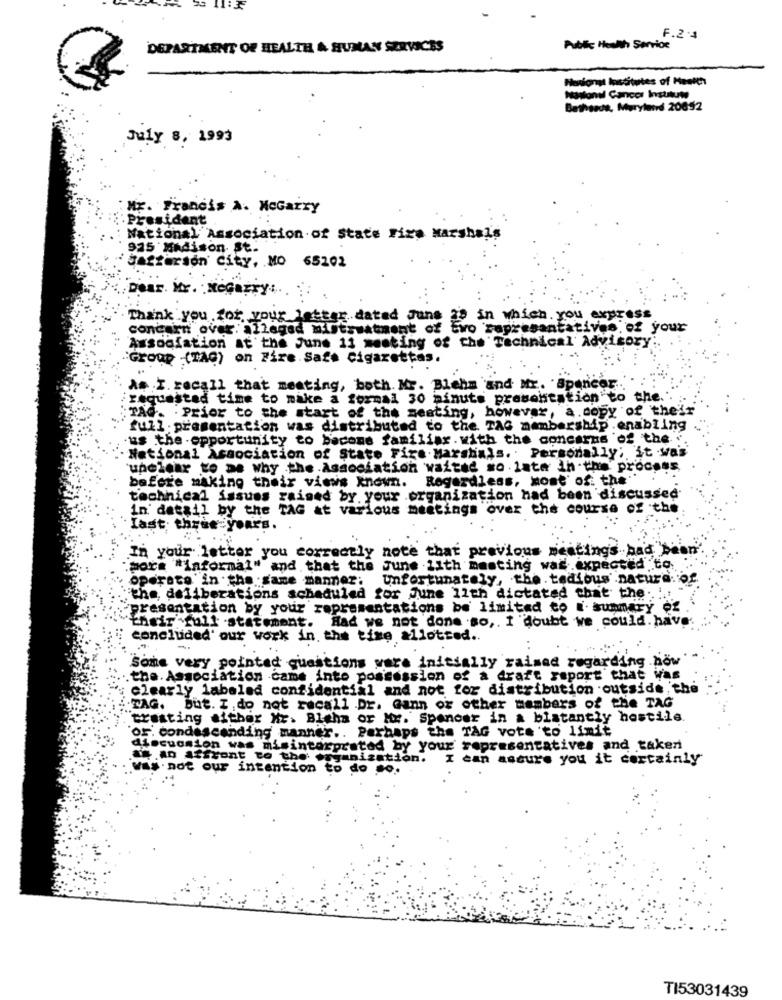
Il:32
F.2.4
DEPARTMENT OF HEALTH & HUMAN SERVICES
Public Health Service
Minionat Institutes of Health
Bathsede, Maryland 20092
July 8, 1993
ME. Francis A. McGarry
President
National Association of State Fire Marshals
925 Madison. St.
Jefferson City, MO 65202
Dear. Hr. NeGarry ...
Thank you for your letter dated June
in which you express
concarn over: alleged mistreatment of two representatives of your
Association at the June 11 meeting of che Technical Advisory:
Group (TAG) on Fire. Safe Cigarettas.
As I. recall that meeting, both. Mr. Blehm and Mr. Spencer ..
requested time to make a formal 30 minuts presentation to the.
TAG. Prior to the start of the meating, however, a copy of their
full. presentation was distributed to the TAG membership .enabling
.us the . opportunity to become familiar. with the concarne of the ".
National Association of State Fire Marshals. Personally; it was
unclear to me why the Association waited so late in the process.
before making their views known. Regardless, most of: the''
technical issues raised by your organization had been discussed.
in detail by the TAG at various meetings over the course of the.
Last three years.
In your letter you correctly note that previous neating's had
more "informal" and that the June 11th meeting was.expected to.
operate in the same manner: Unfortunately, the. tedious .natura.'of
:the, deliberations scheduled for June 11th dictated chat the ..!
presentation by your representations be limited to i summary of
their full statement. Had we not done so ,. I doubt we could. have
concluded' our work in. the time allotted ..
Some very pointed questions were initially rained regarding how
the. Association came into possession of a draft report that Was
clearly labeled confidential and not for distribution outside, the
.TAG. But. I. do not recall .Dr. Gann or other members of the TAG
treating either Mr. Bleha or Mr. Spencer in a blatantly hostile.
OF. condescending manner .. Perhaps the TAG vote 'to limit
discussion was misinterpreted by your representatives and taken
.A sont to the +
ganization.
can assure you it certainly
was not our intention to do so.
TI53031439